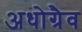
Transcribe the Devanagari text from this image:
अधोग्रैव